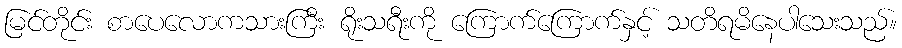
မြင်တိုင်း စာပေလောကသားကြီး ရိုးသရီးကို ကြောက်ကြောက်နှင့် သတိရမိနေပါသေးသည်။